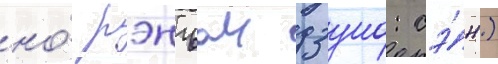
но́ рэнъаи дзуно: сэ́н)